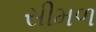
સીમળ